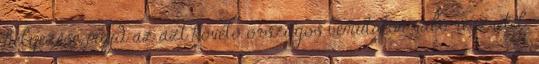
helyezése, majd az azt követő országos bemutatón való részvétel.